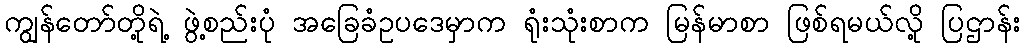
ကျွန်တော်တို့ရဲ့ ဖွဲ့စည်းပုံ အခြေခံဥပဒေမှာက ရုံးသုံးစာက မြန်မာစာ ဖြစ်ရမယ်လို့ ပြဌာန်း